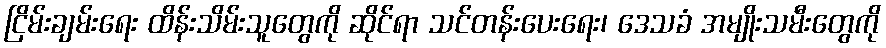
ငြိမ်းချမ်းရေး ထိန်းသိမ်းသူတွေကို ဆိုင်ရာ သင်တန်းပေးရေး၊ ဒေသခံ အမျိုးသမီးတွေကို